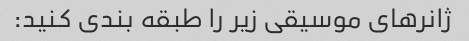
ژانرهای موسیقی زیر را طبقه بندی کنید: